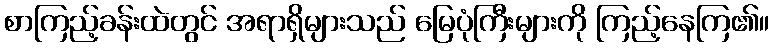
စာကြည့်ခန်းထဲတွင် အရာရှိများသည် မြေပုံကြီးများကို ကြည့်နေကြ၏။